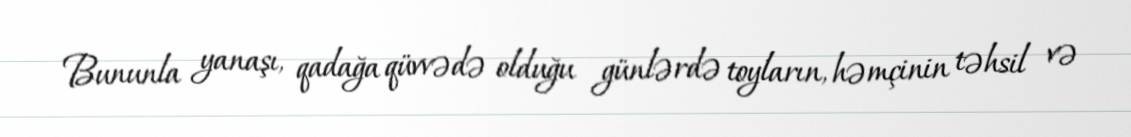
Bununla yanaşı, qadağa qüvvədə olduğu günlərdə toyların, həmçinin təhsil və